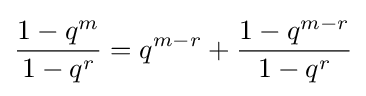
{\frac {1-q^{m}}{1-q^{r}}}=q^{m-r}+{\frac {1-q^{m-r}}{1-q^{r}}}